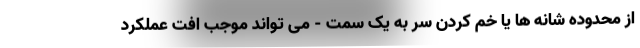
از محدوده شانه ها یا خم کردن سر به یک سمت - می تواند موجب افت عملکرد